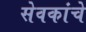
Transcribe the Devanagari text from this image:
सेवकांचे